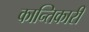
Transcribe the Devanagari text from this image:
कान्तिकारी